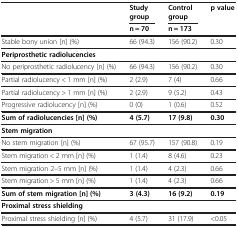
| <ROWSPAN=2>  | Study group | Control group | <ROWSPAN=2> p value |
 | n = 70 | n = 173 |
 | --- | --- | --- | --- |
 | Stable bony union [n] (%) | 66 (94.3) | 156 (90.2) | 0.30 |
 | <COLSPAN=4> Periprosthetic radiolucencies |
 | No periprosthetic radiolucency [n] (%) | 66 (94.3) | 156 (90.2) | 0.30 |
 | Partial radiolucency < 1 mm [n] (%) | 2 (2.9) | 7 (4) | 0.66 |
 | Partial radiolucency > 1 mm [n] (%) | 2 (2.9) | 9 (5.2) | 0.43 |
 | Progressive radiolucency [n] (%) | 0 (0) | 1 (0.6) | 0.52 |
 | Sum of radiolucencies [n] (%) | 4 (5.7) | 17 (9.8) | 0.30 |
 | <COLSPAN=4> Stem migration |
 | No stem migration [n] (%) | 67 (95.7) | 157 (90.8) | 0.19 |
 | Stem migration < 2 mm [n] (%) | 1 (1.4) | 8 (4.6) | 0.23 |
 | Stem migration 2–5 mm [n] (%) | 1 (1.4) | 4 (2.3) | 0.66 |
 | Stem migration > 5 mm [n] (%) | 1 (1.4) | 4 (2.3) | 0.66 |
 | Sum of stem migration [n] (%) | 3 (4.3) | 16 (9.2) | 0.19 |
 | <COLSPAN=4> Proximal stress shielding |
 | Proximal stress shielding [n] (%) | 4 (5.7) | 31 (17.9) | <0.05 |